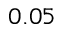
0 . 0 5